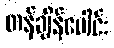
တန်ချိန်ပေါင်း